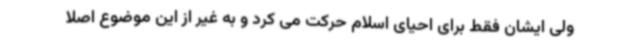
ولی ایشان فقط برای احیای اسلام حرکت می کرد و به غیر از این موضوع اصلا